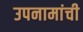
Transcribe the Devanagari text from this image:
उपनामांची